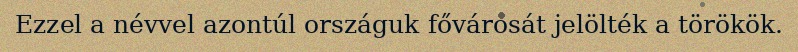
Ezzel a névvel azontúl országuk fővárosát jelölték a törökök.